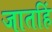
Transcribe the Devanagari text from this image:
जातहिं